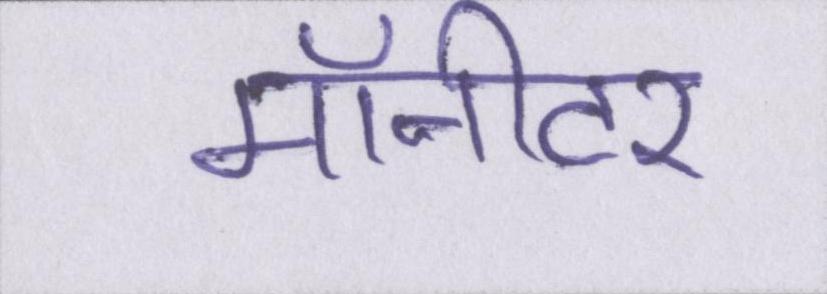
मॉनीटर